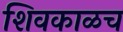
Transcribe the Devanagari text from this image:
शिवकाळच